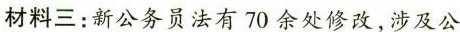
材料三：新公务员法有70余处修改，涉及公